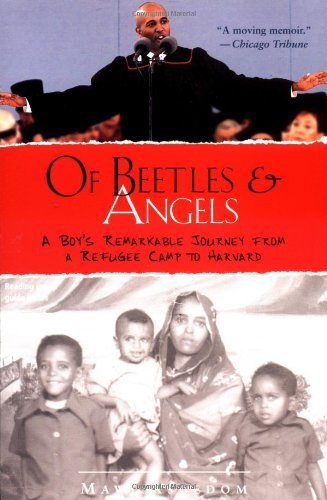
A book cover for Of Beetles and Angels: A Boy's Remarkable Journey from a Refugee Camp to Harvard; Mawi Asgedom; Children's Books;